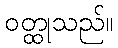
ဝတ္ထုသည်။